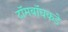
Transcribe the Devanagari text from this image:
टॉमबॉघकडे